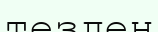
тезден